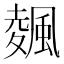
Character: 𱃃